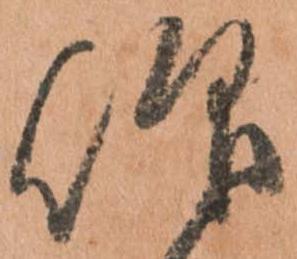
仰